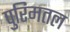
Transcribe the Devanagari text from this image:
पुरिमतल